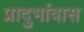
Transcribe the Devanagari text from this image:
प्रादुर्भावास